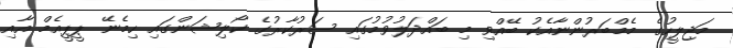
މަޖިލީހުގެ މެމްބަރުންނާއެކު ބޭއްވި މި ބައްދަލުވުމުގައި ސަރުކާރުގެ ކޯލިޝަންގައި ހިމެނޭ ޕީޕީއެމް އާއި